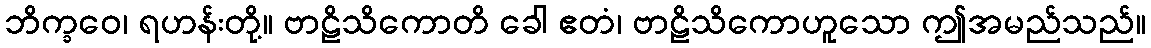
ဘိက္ခဝေ၊ ရဟန်းတို့။ ဗာဠိသိကောတိ ခေါ ဧတံ၊ ဗာဠိသိကောဟူသော ဤအမည်သည်။